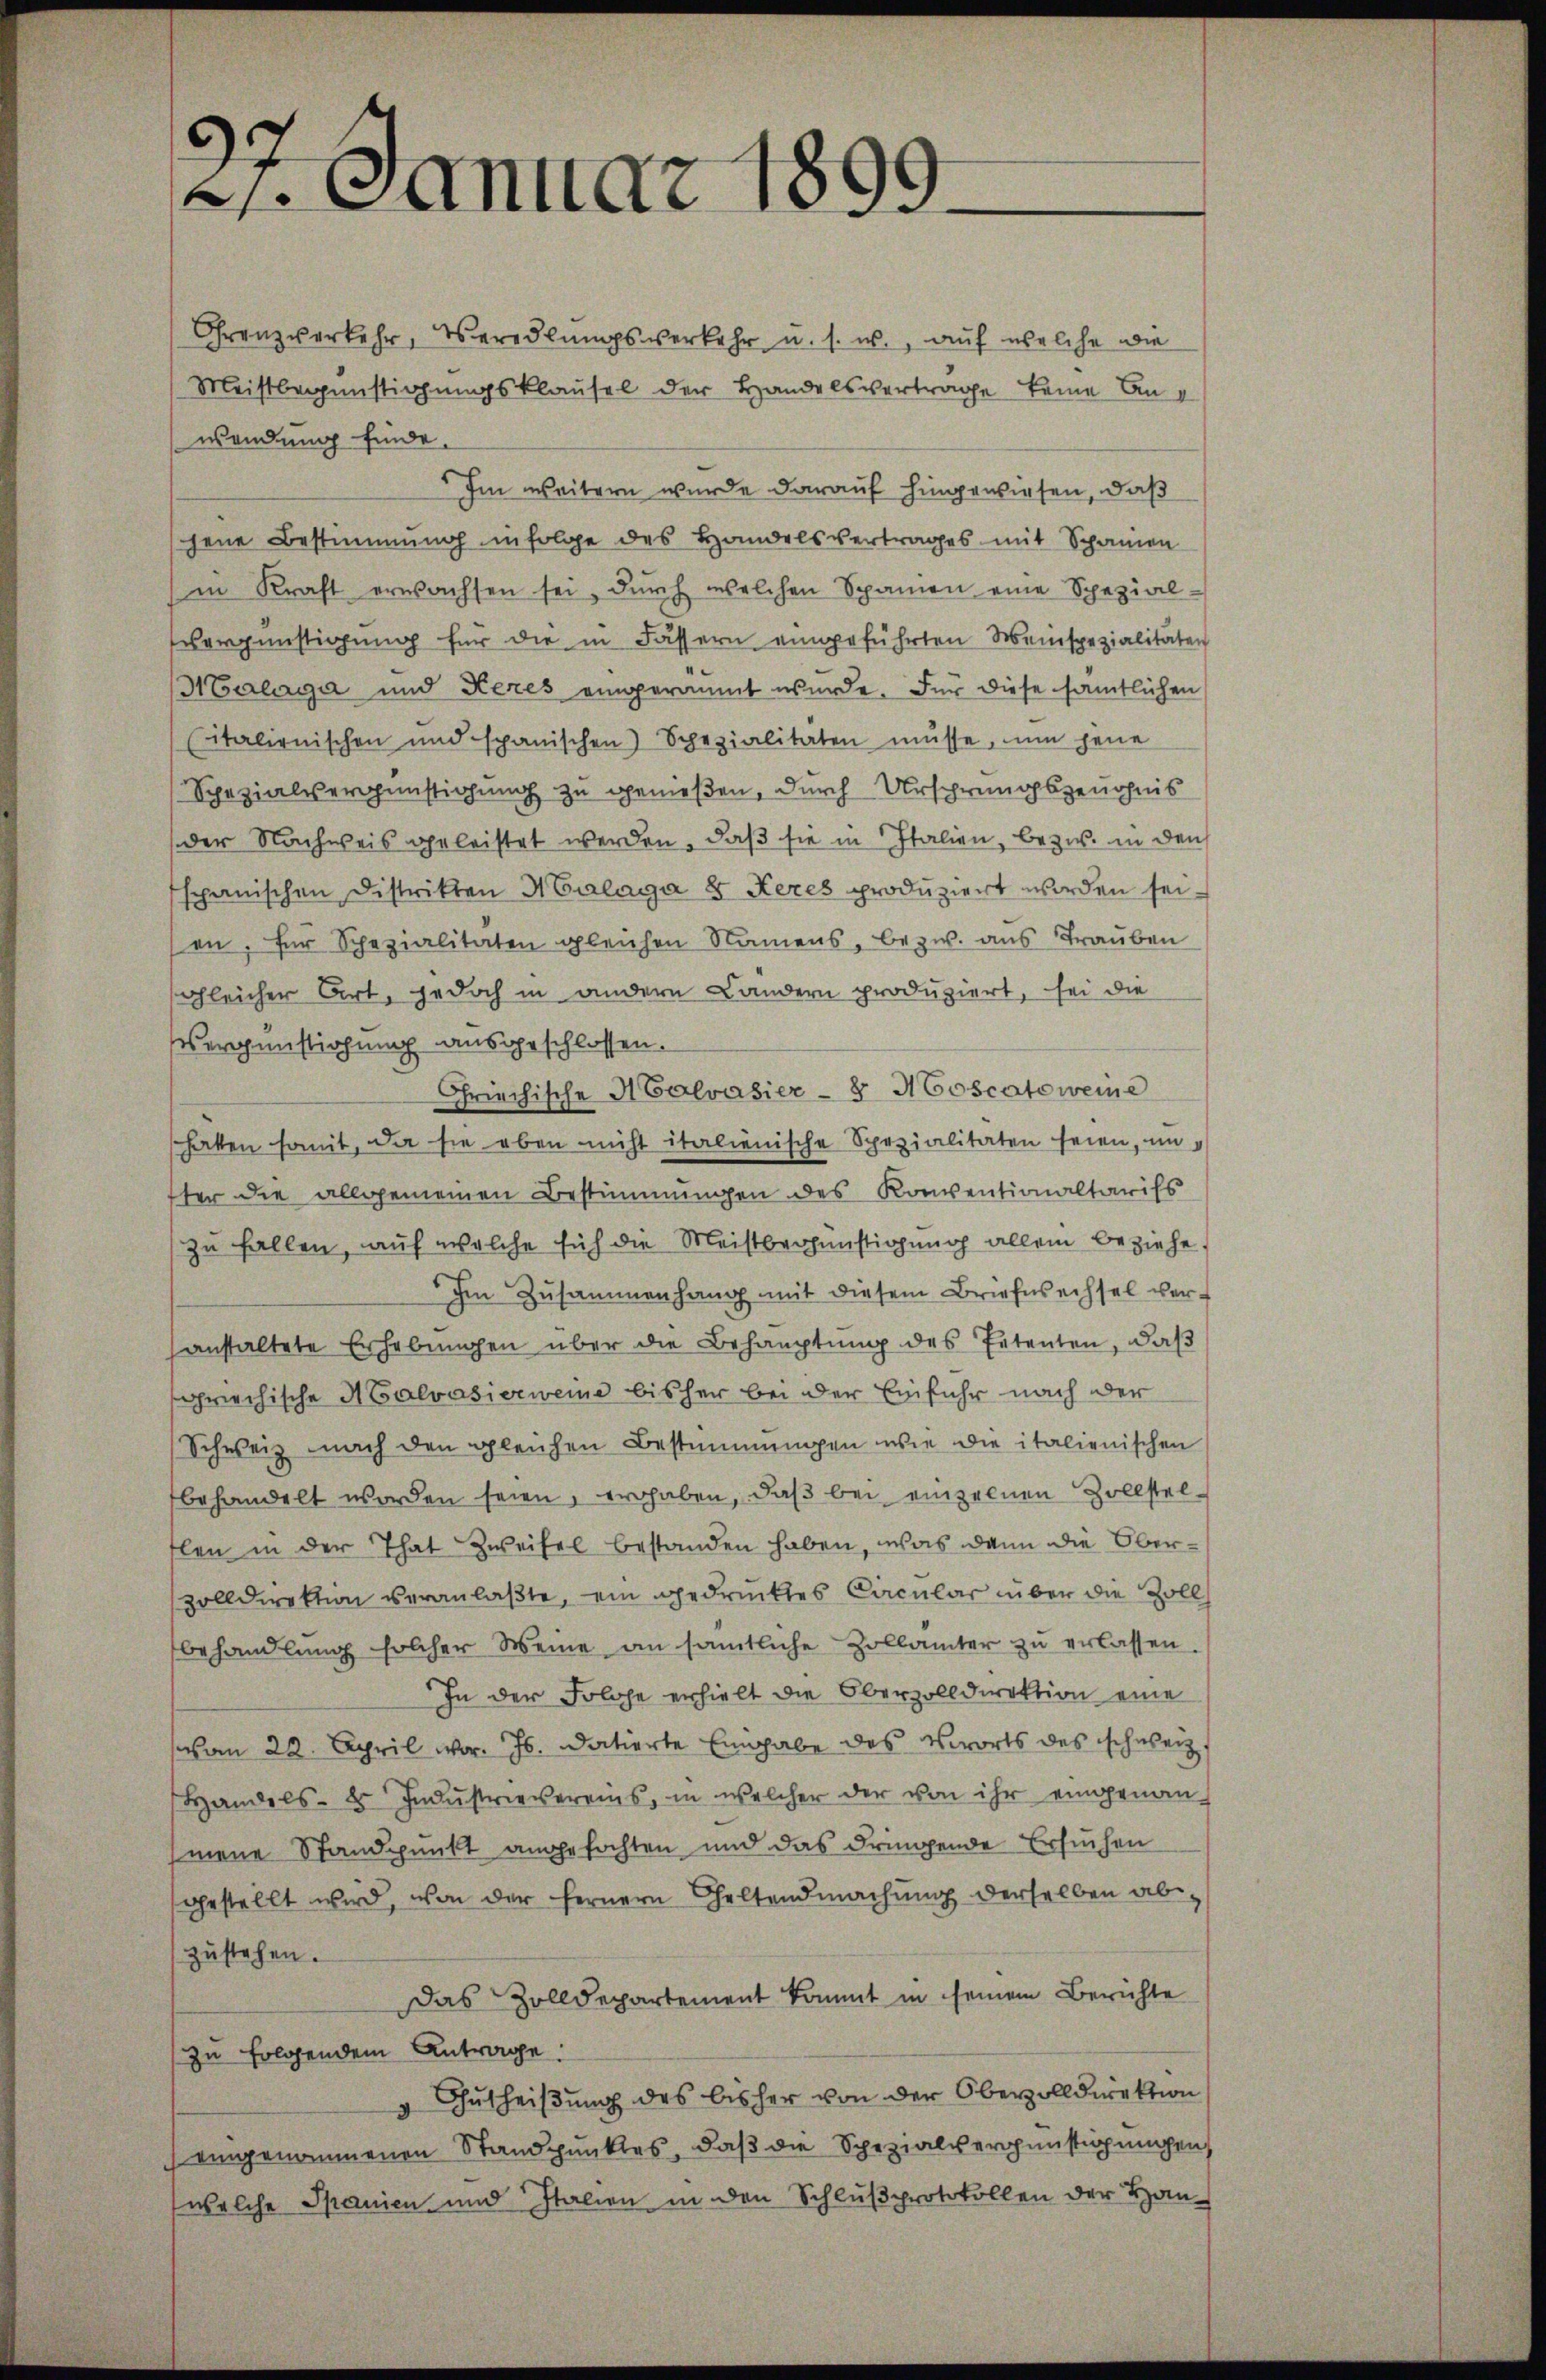
1
2. Januar 1899

Grenzverkehr, Veredlungsverkehr u. s. w., auf welche wie
Meistbegünstigungsklausel der Handelsvertrage keine Anwendung finde.
Im weitern wurde darauf hingewiesen, daß
hene Bestimmung infolge des Handelsvertrages mit Spanien
in Kraft erwachsen sei, durch welchen Spanien eine Spezial-
vergünstigung für die in Fassern eingeführten Weinspezialitäten
Harlage und Keres eingeräumt wurde. Für diese sämtlichen
(italienischen und spanischen Spezialitäten müsse, um jene
Spezialiserinstigung zu gemeßen, durch Ursprungszeugnis
der Nachweis geleistet werden, daß sie in Italien, bezw. in den
spanischen Distrikten H Calaga 8 Keres produziert worden sei.
sen, für Schezialitäten gleichen Namens, bezw. aus Trauben
sgleicher Art, jedoch in andern Landern produziert, sei die
Vergünstichung ausgeschlossen.
Griechische Malvasier- 8 Moscataweine
hatten somit, da sie oben nicht italienische Spezialitäten seien, unter die allgemeinen Bestimmungen des Konventionaltarifs
zu fallen, auf welche sich die Meistbegünstigung allein beziehe
Im Zusammenhang mit diesem Briefwechsel ver-
sanstaltete Erhebungen über die Behauptung des Petenten, daß
griechische Malvasierweine bisher bei der Einfuhr nach der
Schweiz nach den gleichen Bestimmungen wie die italienischen
behandelt worden seien, erhaben, daß bei einzelnen Zollstelflen in der That Zweifel bestanden haben, was dann die Oberzolldirektion veranlaßte, ein gedrucktes Cacular über die Zoll
behandlung solcher Weine an sämtliche Zollämter zŭ erlassen.
In der Folge erhielt die Oberzolldirektion eine
(vom 22. April war. Js. datierte Eingabe des Verorts des schweiz.
Handels- 8 Indŭstrievereins, in welcher der von ihr eingenan
mene Standpunkt angefochten und das dringende Ersuchen
gestellt wird, von der fernern Geltendmachung derselben abzŭstehen.
Das Zolldepartement kommt in seinem Berichte
zu folgendem Antrage.
Gutheißung des bisher von der Oberzolldirektion
eingenommenen Standpunktes, daß die Spezialvergünstigungen,
welche Spanien und Italien in den Schlußprotokollen der Han¬